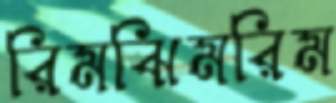
রিমঝিমরিম